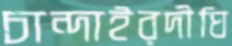
চান্দাইরদীঘি